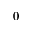
0